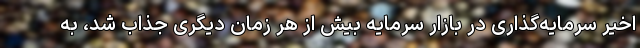
اخیر سرمایه‌گذاری در بازار سرمایه بیش از هر زمان دیگری جذاب شد، به